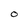
Character: O